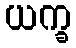
ယက္ခ